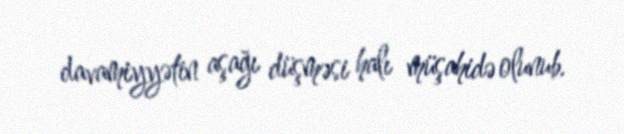
davamiyyətin aşağı düşməsi halı müşahidə olunub.